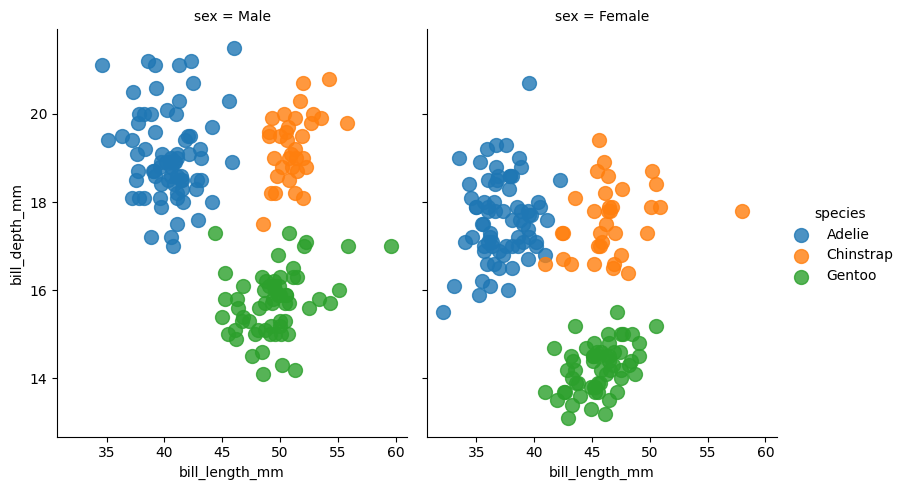
python, seaborn, lmplot, aspect=0.8, order=2, markers='o'